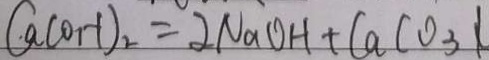
C a ( O _ { 1 } - 1 ) _ { 2 } = 2 N a O H + C a C O _ { 3 } \vert